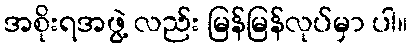
အစိုးရအဖွဲ့ လည်း မြန်မြန်လုပ်မှာ ပါ။